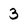
Character: 3